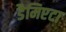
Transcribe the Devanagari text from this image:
डैमिएटा